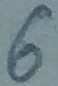
Text: 6